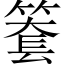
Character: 𥱫